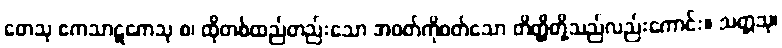
တေသု ဧကသာဋကေသု စ၊ ထိုတစ်ထည်တည်းသော အဝတ်ကိုဝတ်သော တိတ္ထိတို့သည်လည်းကောင်း။ သတ္တသု၊